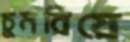
চুমরিয়ে